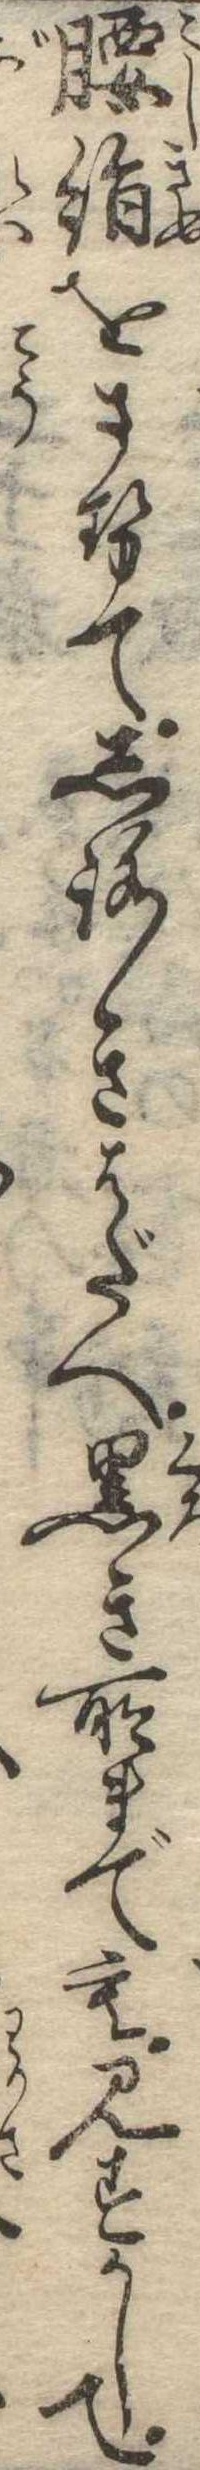
腰絹をさせてしろきはだへ黒き所までも見すかして